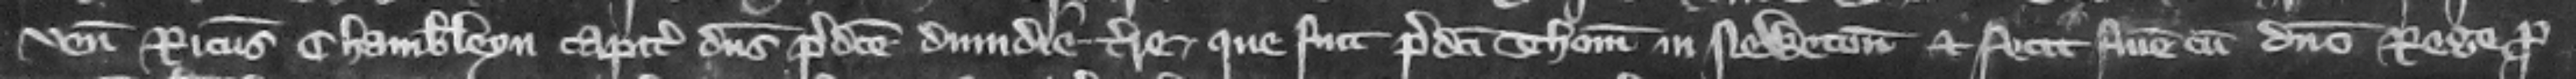
venit Ricardus Chamberleyn capitalis dominus predicte dimidie acre terre que fuit predicti Thome in Newton et fecit finem cum domino rege pro